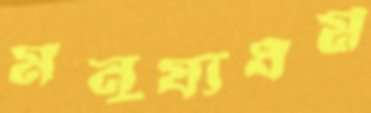
মনুষ্যধর্ম